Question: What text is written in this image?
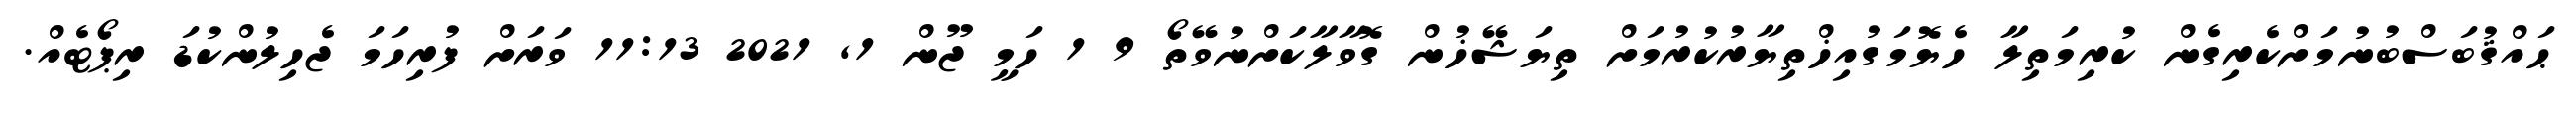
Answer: ޙައްޤުބަސްބުނުމަށްކެރިގެން ކުރިމަތިލާ ހެޔޮމަގުއިޚްތިޔާރުކުރުމަށް ތިޔަޝޭޚުން ގޮވާލާކަށްނުވޭތޯ 9 1 ހަމީ ޖޫން 1, 2021 11:13 ވަރަށް ފުރިހަމަ ޖެހިލުންކުޑަ ރިޕޯޓެއް.